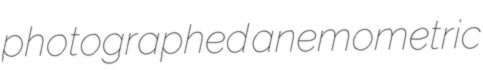
photographed anemometric